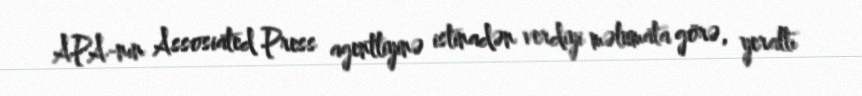
APA-nın Assosiated Press agentliyinə istinadən verdiyi məlumata görə, yeraltı